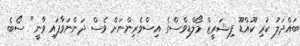
ބައްދަލު ކުރި ކޫއްޑޫ ފިޝަރީޒް މޯލްޑިވްސްގެ އިސްވެރިންނަށް ވެސް ދަންނަވާފައި ވާނީ" ސޯބެ